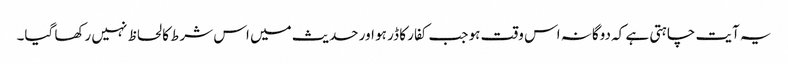
یہ آیت چاہتی ہے کہ دوگانہ اس وقت ہو جب کفار کا ڈر ہو اور حدیث میں اس شرط کا لحاظ نہیں رکھا گیا۔